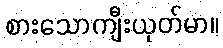
စားသောကျီးယုတ်မာ။